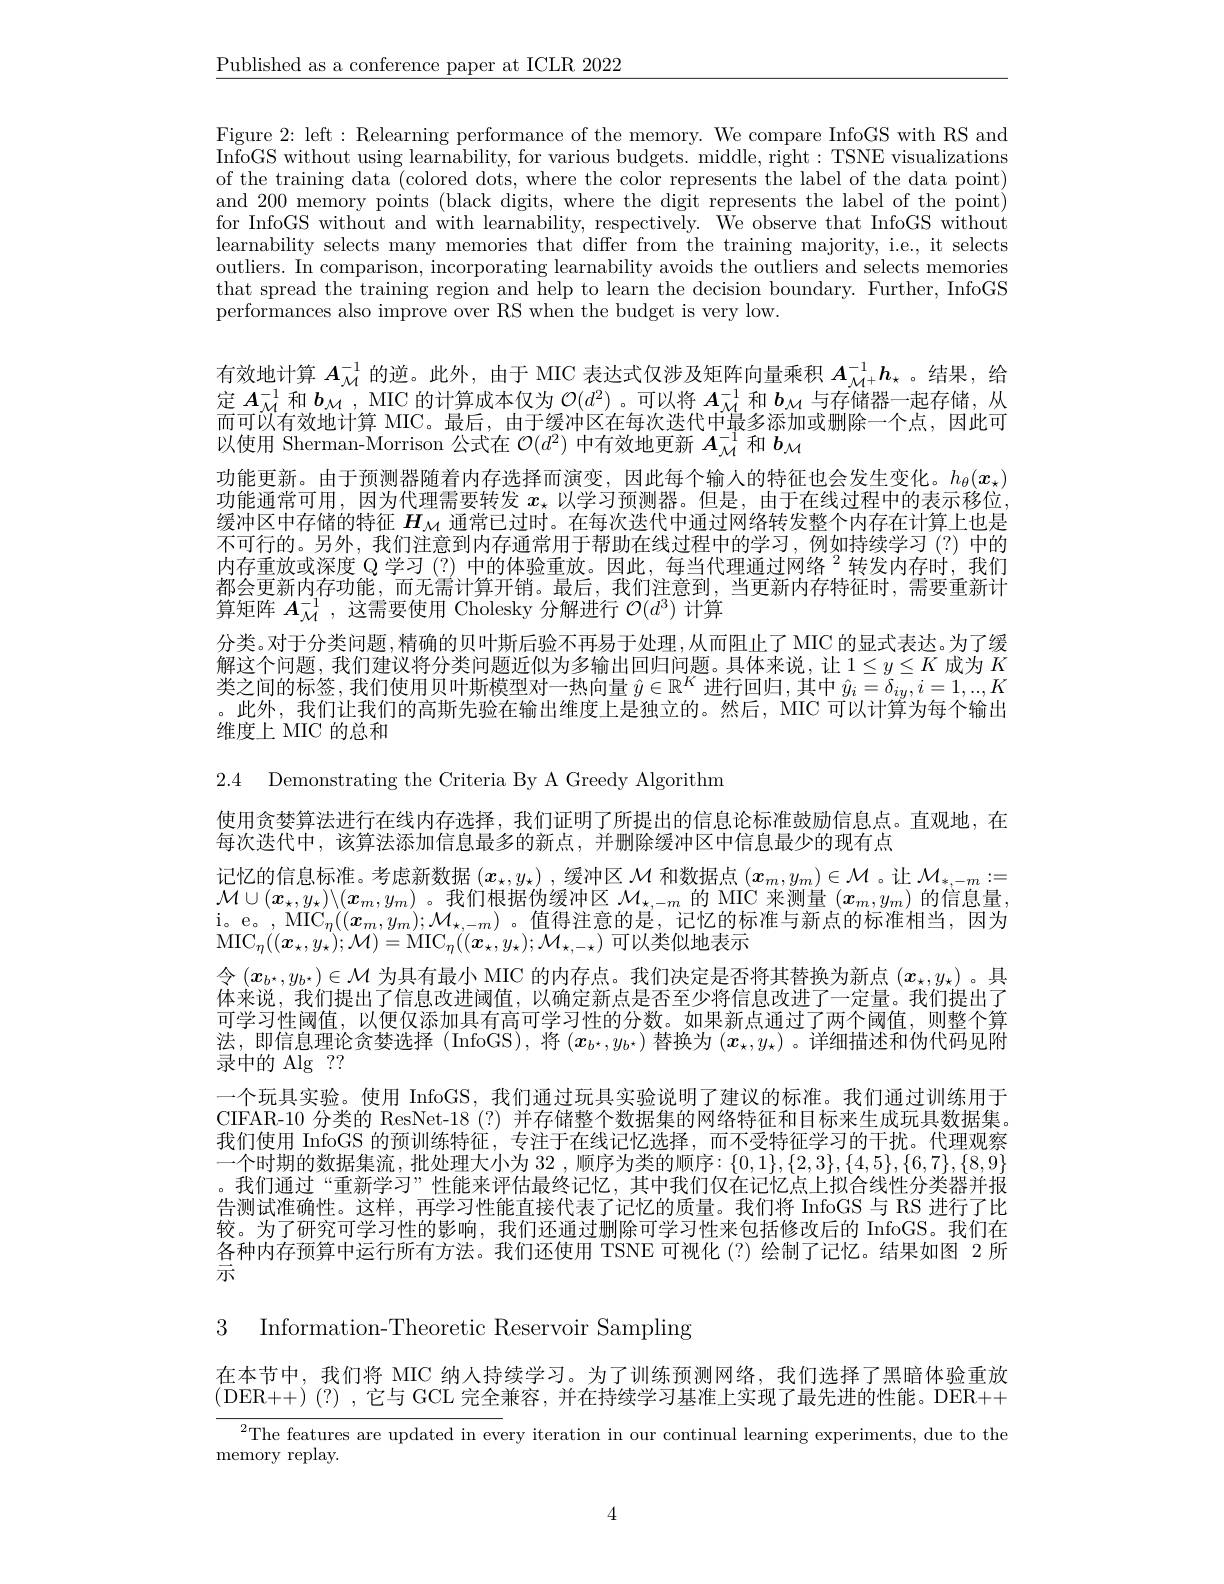
$\underline{\text{Published as a conference paper at ICLR 2022}}$

Figure 2: left : Relearning performance of the memory. We compare InfoGS with RS and InfoGS without using learnability, for various budgets. middle, right: TSNE visualizations of the training data (colored dots, where the color represents the label of the data point) and 200 memory points (black digits, where the digit represents the label of the point) for InfoGS without and with learnability, respectively. We observe that InfoGS without learnability selects many memories that differ from the training majority, i.e., it selects outliers. In comparison, incorporating learnability avoids the outliers and selects memories that spread the training region and help to learn the decision boundary. Further, InfoGS performances also improve over RS when the budget is very low.

有效地计算$A_\mathrm{M}^{-1}$的逆。此外，由于 MIC 表达式仅涉及矩阵向量乘积$A_{\mathcal{M}^+}^{-1}h_\star$ 。结果，给定$A_{\mathcal{M}}^{-1}$和$b_\mathcal{M}$, MIC 的计算成本仅为$\mathcal{O}(d^2)$ 。可以将$A_\mathcal{M}^-1$和$b_\mathcal{M}$与存储器一起存储，从而可以有效地计算 MIC。最后，由于缓冲区在每次迭代中最多添加或删除一个点，因此可以使用 Sherman-Morrison 公式在$\mathcal{O}(d^2)$中有效地更新$A_\mathcal{M}^{-1}$和$b_\mathcal{M}$
功能更新。由于预测器随着内存选择而演变，因此每个输人的特征也会发生变化。$h_\theta(x_\star)$ 功能通常可用，因为代理需要转发$x_\star$以学习预测器。但是，由于在线过程中的表示移位， 缓冲区中存储的特征$H_\mathrm{M}$通常已过时。在每次迭代中通过网络转发整个内存在计算上也是不可行的。另外，我们注意到内存通常用于帮助在线过程中的学习，例如持续学习(?)中的内存重放或深度 Q 学习 (?) 中的体验重放。因此，每当代理通过网络 $^{2}$转发内存时，我们都会更新内存功能，而无需计算开销。最后，我们注意到，当更新内存特征时，需要重新计算矩阵$A_\mathcal{M}^{-1}$,这需要使用 Cholesky 分解进行$\mathcal{O}(d^3)$计算
分类。对于分类问题，精确的贝叶斯后验不再易于处理，从而阻止了 MIC 的显式表达。为了缓解这个问题，我们建议将分类问题近似为多输出回归问题。具体来说，让$1\leq y\leq K$成为$K$ 类之间的标签，我们使用贝叶斯模型对一热向量$\hat{y}\in\mathbb{R}^K$进行回归，其中$\hat{y}_i=\delta_{iy},i=1,...,K$ 。此外，我们让我们的高斯先验在输出维度上是独立的。然后，MIC 可以计算为每个输出维度上 MIC 的总和

2.4 Demonstrating the Criteria By A Greedy Algorithm

使用贪婪算法进行在线内存选择，我们证明了所提出的信息论标准鼓励信息点。直观地，在
每次迭代中，该算法添加信息最多的新点，并删除缓冲区中信息最少的现有点
记忆的信息标准。考虑新数据$(\boldsymbol{x}_\star,y_\star)$ ,缓冲区$\mathcal{M}$和数据点$(\boldsymbol{x}_m,y_m)\in\mathcal{M}$ 。让$\mathcal{M}_*,-m:=$ $\mathcal{M}\cup(x_\star,y_\star)\backslash(x_m,y_m)$。我们根据伪缓冲区$\mathcal{M}_\star,-m$的 MIC 来测量$(x_m,y_m)$的信息量， $\mathrm{i。e。,~MIC}_{\eta}((x_{m},y_{m});\mathcal{M}_{\star,-m})$ 。值得注意的是，记忆的标准与新点的标准相当，因为$\mathrm{MIC}_{\eta }( ( \boldsymbol{x}_{\star }, y_{\star }) ; \mathcal{M} ) = \mathrm{MIC}_{\eta }( ( \boldsymbol{x}_{\star }, y_{\star }) ; \mathcal{M} _{\star , - \star })$可以类似地表示
令$(x_{b^*},y_{b^*})\in\mathcal{M}$为具有最小 MIC 的内存点。我们决定是否将其替换为新点$(x_\star,y_\star)$。具体来说、我们提出了信息改讲阈值，以确定新点是否至少将信息改进了一定量。我们提出了可学习性阈值，以便仅添加具有高可学习性的分数。如果新点通过了两个阈值，则整个算法，即信息理论贪婪选择 (InfoGS),将$(x_{b^*},y_{b^*})$替换为$(x_\star,y_\star)$。详细描述和伪代码见附录中的 Alg ??
一个玩具实验。使用 InfoGS, 我们通过玩具实验说明了建议的标准。我们通过训练用于CIFAR-10 分类的 ResNet-18 (?) 并存储整个数据集的网络特征和目标来生成玩具数据集。我们使用 InfoGS 的预训练特征，专注于在线记忆选择，而不受特征学习的干扰。代理观察一个时期的数据集流，批处理大小为 32 ,顺序为类的顺序：$\{0,1\},\{2,3\},\{4,5\},\{6,7\},\{8,9\}$ 。我们通过“重新学习”性能来评估最终记忆，其中我们仅在记忆点上拟合线性分类器并报告测试准确性。这样，再学习性能直接代表了记忆的质量。我们将 InfoGS 与 RS 进行了比较。为了研究可学习性的影响，我们还通过删除可学习性来包括修改后的 InfoGS。我们在各种内存预算中运行所有方法。我们还使用 TSNE 可视化(?)绘制了记忆。结果如图 2 所示

3 Information-Theoretic Reservoir Sampling

在本节中，我们将 MIC 纳人持续学习。为了训练预测网络，我们选择了黑暗体验重放(DER++)(?),它与GCL 完全兼容，并在持续学习基准上实现了最先进的性能。DER++
${^{2}\text{The features are updated in every iteration in our continual learning experiments, due to the}}$
${\mathrm{memory~replay.}}$

4